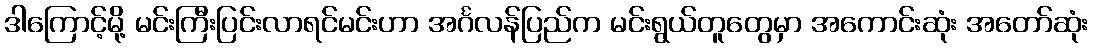
ဒါကြောင့်မို့ မင်းကြီးပြင်းလာရင်မင်းဟာ အင်္ဂလန်ပြည်က မင်းရွယ်တူတွေမှာ အကောင်းဆုံး အတော်ဆုံး